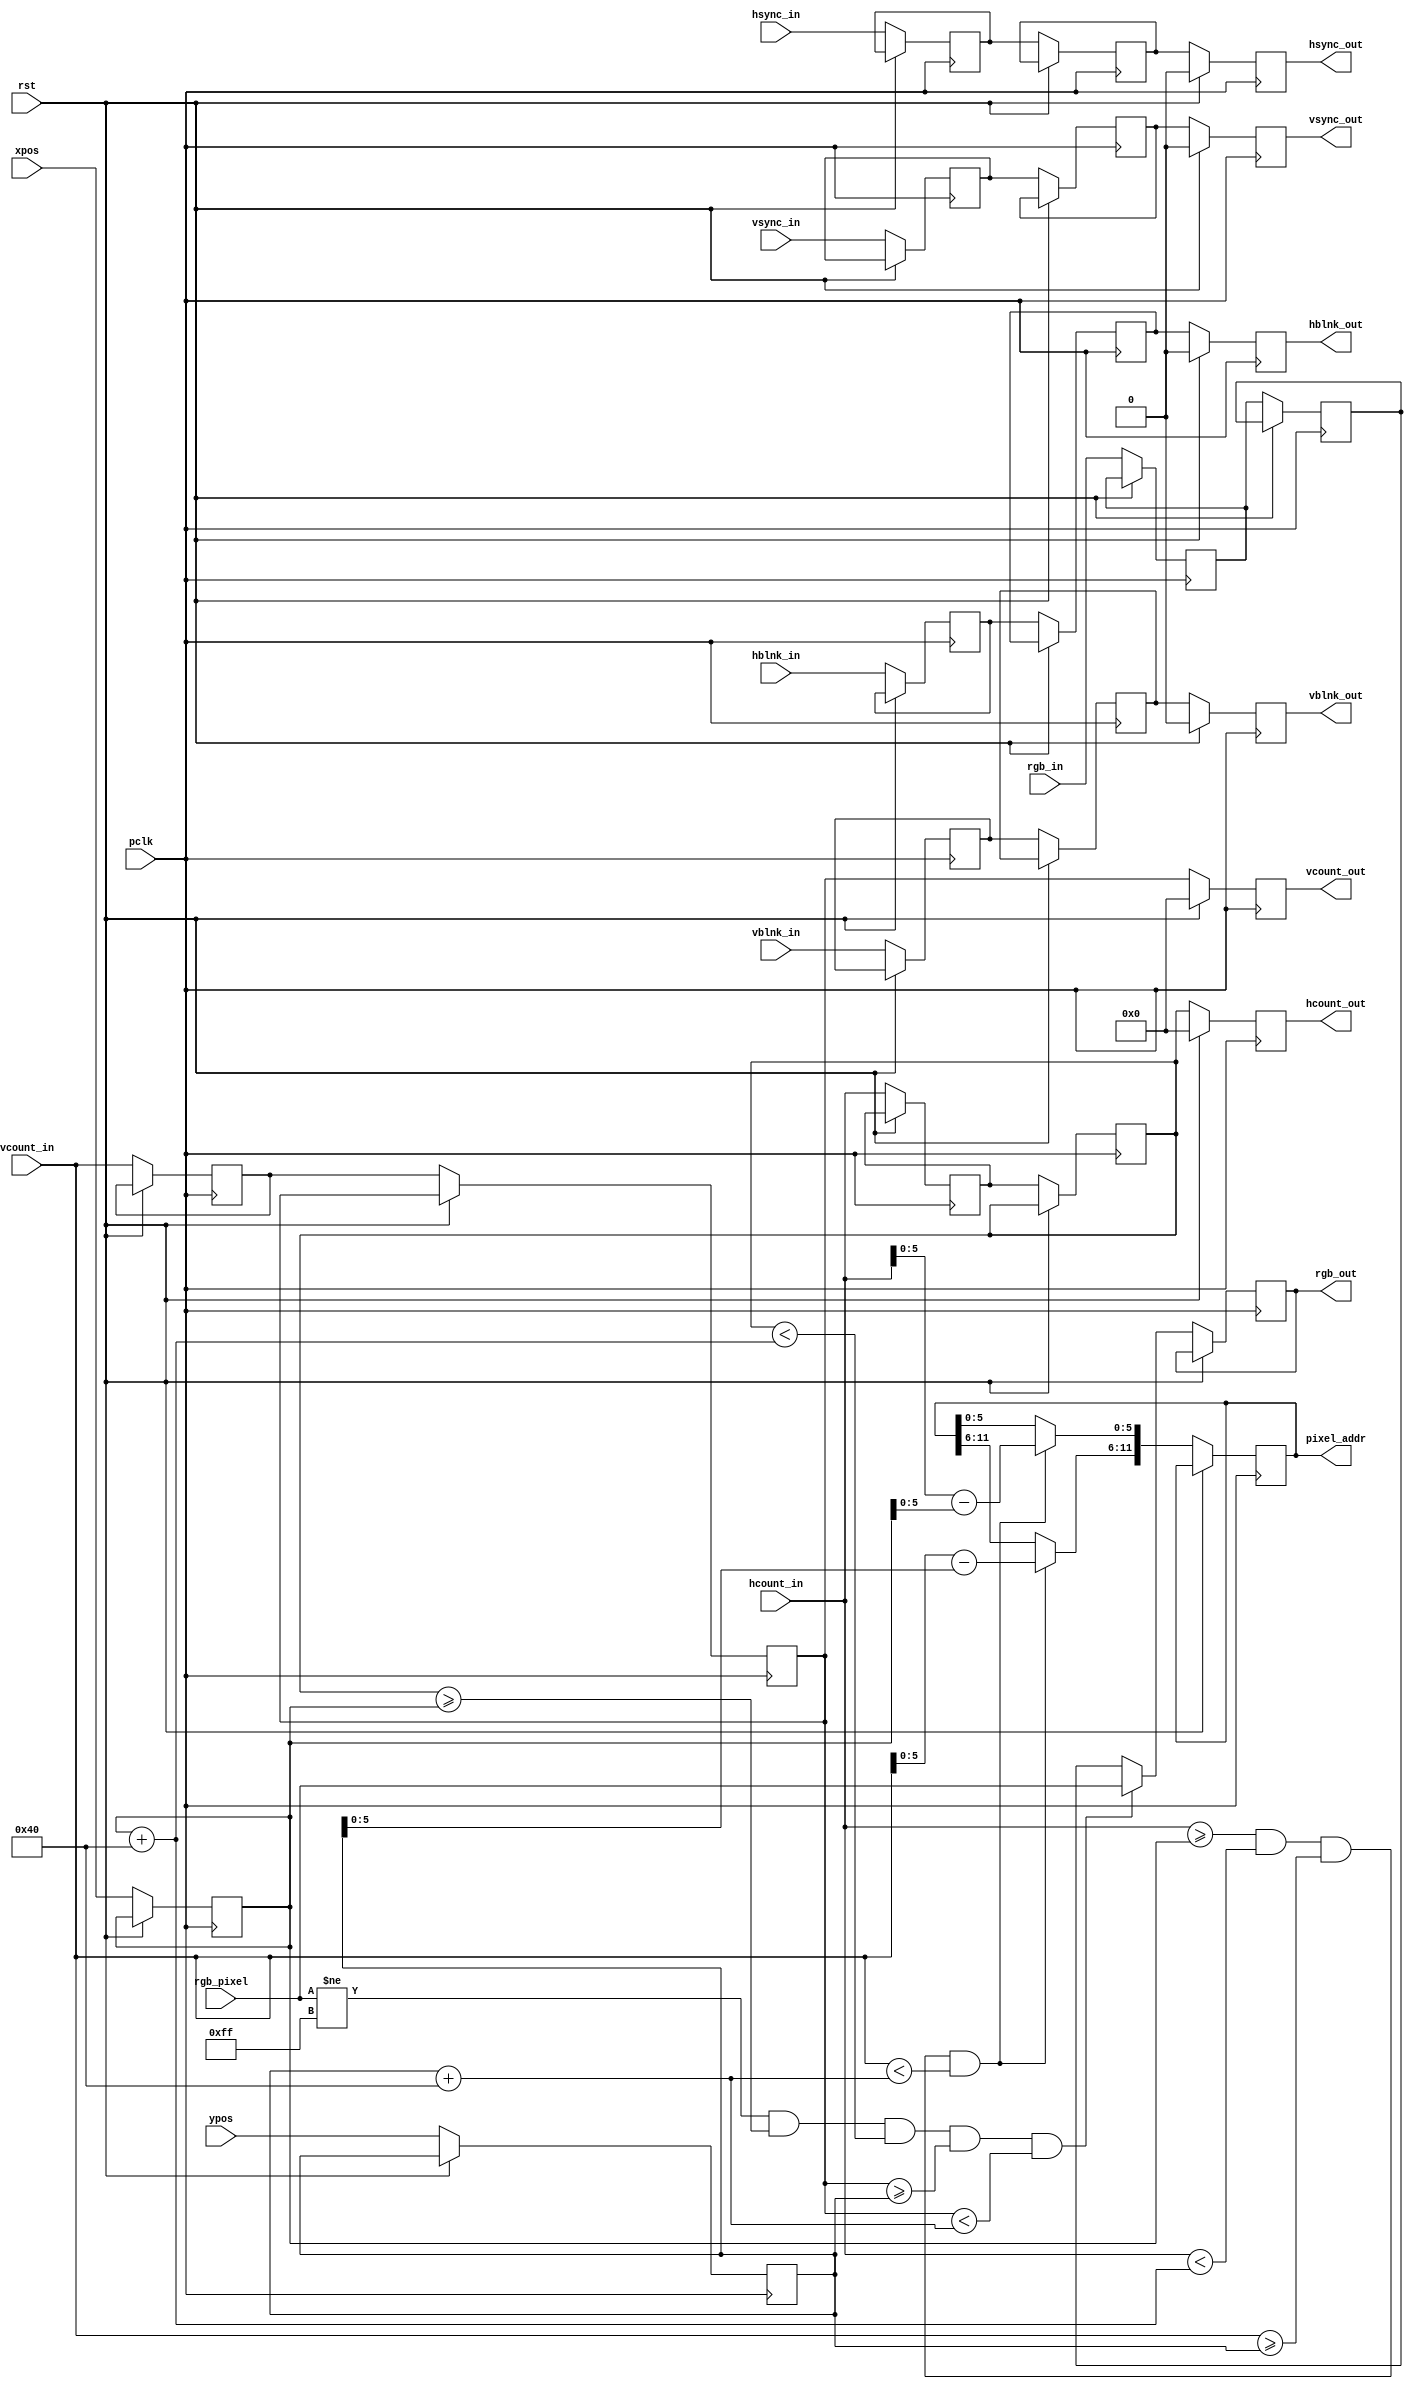
`timescale 1ns / 1ps
//////////////////////////////////////////////////////////////////////////////////
// Company: 
// Engineer: 
// 
// Design Name: 
// Module Name: draw_cat
// Project Name: 
// Target Devices: 
// Tool Versions: 
// Description: 
// 
// Dependencies: 
// 
// Revision:
// Revision 0.01 - File Created
// Additional Comments:
// 
//////////////////////////////////////////////////////////////////////////////////


module draw_cat(
    input wire[10:0] hcount_in,
    input wire hsync_in,
    input wire hblnk_in,
    input wire [10:0] vcount_in,
    input wire vsync_in,
    input wire vblnk_in,
    input wire [11:0] rgb_in,
    input wire pclk,
    input wire rst,
    input wire [11:0] xpos,
    input wire [11:0] ypos,
    input wire [11:0] rgb_pixel,
    
    output reg [10:0] hcount_out,
    output reg hsync_out,
    output reg hblnk_out,
    output reg [10:0] vcount_out,
    output reg vsync_out,
    output reg vblnk_out,
    output reg [11:0] rgb_out,
    output reg [11:0] pixel_addr
    );


localparam WIDTH= 'd64;
localparam HEIGTH = 'd64;


reg [11:0] rgb_nxt, pixel_addr_nxt;
reg [11:0] x_pos_reg, y_pos_reg;
reg hsync_buff, vsync_buff, hsync_buff2, vsync_buff2;
reg hblnk_buff, vblnk_buff, hblnk_buff2, vblnk_buff2;
reg [10:0] hcount_buff, vcount_buff, hcount_buff2, vcount_buff2;
reg [11:0] rgb_buff, rgb_buff2;

always @*
begin
    if ( (hcount_in >= x_pos_reg) && (hcount_in < (x_pos_reg+WIDTH)) && (vcount_in >= y_pos_reg)&&(vcount_in < (y_pos_reg +HEIGTH)))
    begin
        pixel_addr_nxt[11:6] = vcount_in - y_pos_reg;
        pixel_addr_nxt[5:0] = hcount_in - x_pos_reg; 
    end
    else 
    pixel_addr_nxt = pixel_addr;
        
    rgb_nxt = ((rgb_pixel != 12'h0FF)&&(hcount_buff2>= x_pos_reg) && (hcount_buff2 < (x_pos_reg+WIDTH)) && (vcount_buff2 >= y_pos_reg)&&(vcount_buff2 < (y_pos_reg +HEIGTH))  ) ? rgb_pixel : rgb_buff2;   
end
/*
always @*
begin
    if((rgb_pixel != 12'h0FF)&&(hcount_buff2>= x_pos_reg) && (hcount_buff2 < (x_pos_reg+WIDTH)) && (vcount_buff2 >= y_pos_reg)&&(vcount_buff2 < (y_pos_reg +HEIGTH))  )
     rgb_nxt = rgb_pixel;
    else
     rgb_nxt = rgb_buff; 
end
*/

always @(posedge pclk) 
begin
if(rst)
begin
   
hcount_out <= 0;
vcount_out <= 0;
vblnk_out <= 0;
vsync_out <= 0;
hblnk_out <= 0;
hsync_out <= 0;

end
else
begin   
   x_pos_reg <= xpos;
   y_pos_reg <= ypos; 

   hcount_buff <= hcount_in;
   hsync_buff <= hsync_in;
   hblnk_buff <= hblnk_in;
   vcount_buff <= vcount_in;
   vsync_buff <= vsync_in;
   vblnk_buff <= vblnk_in;
   rgb_buff <= rgb_in;
   
   hcount_buff2 <= hcount_buff;
   hsync_buff2 <= hsync_buff;
   hblnk_buff2 <= hblnk_buff;
   vcount_buff2 <= vcount_buff;
   vsync_buff2 <= vsync_buff;
   vblnk_buff2 <= vblnk_buff;
   rgb_buff2 <= rgb_buff;
      
   hcount_out <= hcount_buff2;
   vcount_out <= vcount_buff2;
   vblnk_out <= vblnk_buff2;
   vsync_out <= vsync_buff2;
   hblnk_out <= hblnk_buff2;
   hsync_out <= hsync_buff2;
   
   rgb_out <= rgb_nxt;
   pixel_addr <= pixel_addr_nxt;
 end 
end

endmodule